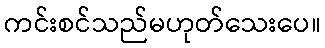
ကင်းစင်သည်မဟုတ်သေးပေ။